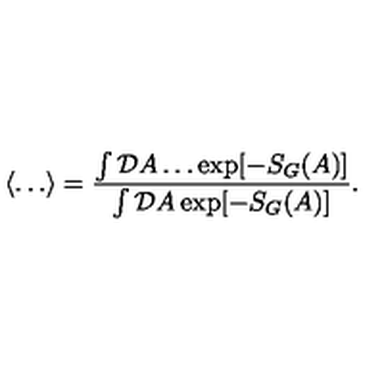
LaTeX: \langle \ldots \rangle = \frac { \int { \mathcal D } A \ldots \exp [ - S _ { G } ( A ) ] } { \int { \mathcal D } A \exp [ - S _ { G } ( A ) ] } .